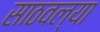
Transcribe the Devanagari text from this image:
साठवल्या